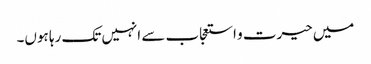
میں حیرت و استعجاب سے انہیں تک رہا ہوں۔